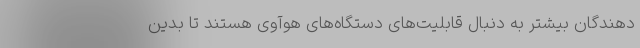
‌دهندگان بیشتر به دنبال قابلیت‌های دستگاه‌های هوآوی هستند تا بدین